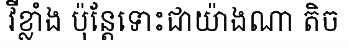
វីខ្លាំង ប៉ុន្តែទោះជាយ៉ាងណា តិច